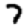
Digit: 7